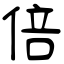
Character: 倍